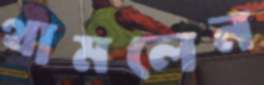
থামলেন